Document type: Emphyteutic lease
Year: 1473
Scribe: [Unknown]
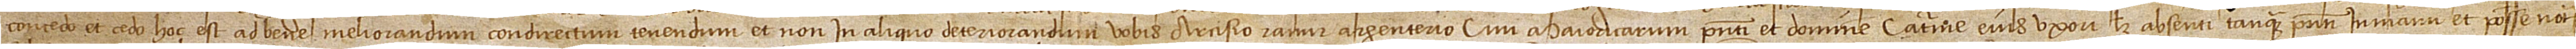
concedo et cedo, hoc est, ad bene meliorandum, condirectum, tenendum et non in aliquo deteriorandum vobis Arcisio Ramir, argenterio, civi Maioricarum, presenti, et domine Caterine, eius uxori, licet absenti tanquam presenti, in manu et posse notarii